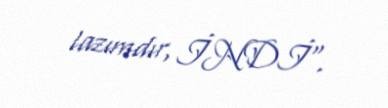
lazımdır, İNDİ".